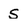
Character: S